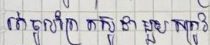
រត់ចូលព្រៃតស៊ូជាមួយសត្រូវ